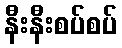
နီးနီးစပ်စပ်